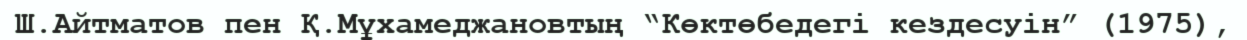
Ш.Айтматов пен Қ.Мұхамеджановтың “Көктөбедегі кездесуін” (1975),